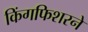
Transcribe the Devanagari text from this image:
किंगफिशरने